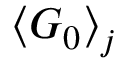
\left\langle \boldsymbol { G } _ { 0 } \right\rangle _ { j }